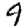
Digit: 9